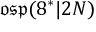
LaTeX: { \mathfrak { o s p } } ( 8 ^ { * } | 2 N )